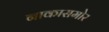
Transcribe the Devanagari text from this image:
नाकासमोर